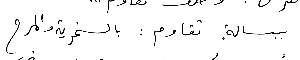
ببسالة. تقاوم: بالسخرية والمرح